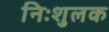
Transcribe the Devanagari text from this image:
निःशुलक